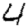
Digit: 4